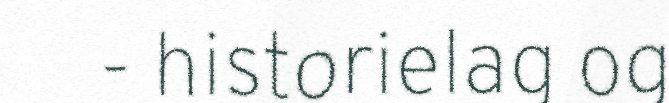
- historielag og